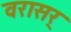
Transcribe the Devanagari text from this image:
वरासर्